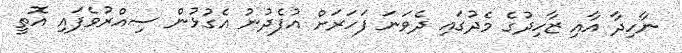
ނާހިދާ އާއި ޒާހިދުގެ މެދުގައި ދެވަނަ ފަހަރަށް އުފެދުނު އެގުޅުން ސިއްރުވެފައި އޮތީ